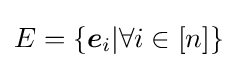
E=\{{{\boldsymbol {e}}_{i}|\forall i\in [n]}\}